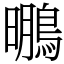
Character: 䳟